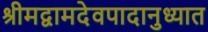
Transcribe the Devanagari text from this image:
श्रीमद्वामदेवपादानुध्यात